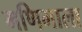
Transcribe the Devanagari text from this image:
मणिमाला